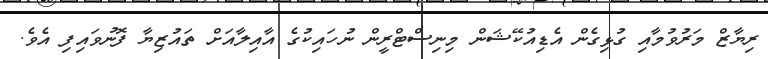
ރިޔާޒް މަރުވުމާއި ގުޅިގެެން އެޑިއުކޭޝަން މިނިސްޓްރީން ނުހައިކުގެ އާއިލާއަށް ތައުޒިޔާ ފޮނުވައިިފި އެވެ.